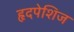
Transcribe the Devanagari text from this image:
हृदपेशिज